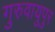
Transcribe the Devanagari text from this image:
गुरुवायुपुर